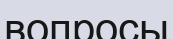
вопросы